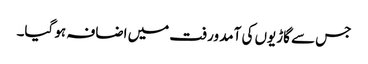
جس سے گاڑیوں کی آمد ورفت میں اضافہ ہو گیا۔